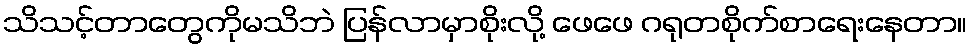
သိသင့်တာတွေကိုမသိဘဲ ပြန်လာမှာစိုးလို့ ဖေဖေ ဂရုတစိုက်စာရေးနေတာ။